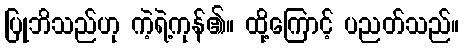
ပြုဘိသည်ဟု ကဲ့ရဲ့ကုန်၏။ ထို့ကြောင့် ပညတ်သည်။